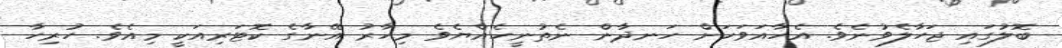
ބޮލުގައި ޖަހާލެވުނެވެ. އެހާއަވަހަށް ހަނދާން ނެތުނީހެއްޔެވެ މިހާރު އޭނާގެ ކޮޓަރިއަކީ މިއެވެ. ހުރިހާ